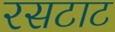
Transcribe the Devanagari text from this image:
रसटाट